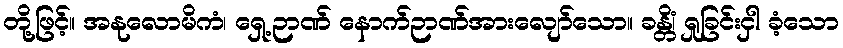
တို့ဖြင့်။ အနုလောမိကံ၊ ရှေ့ဉာဏ် နောက်ဉာဏ်အားလျော်သော။ ခန္တိံ၊ ရှုခြင်းငှါ ခံ့သော